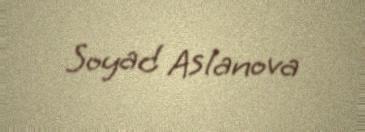
Soyad Aslanova